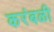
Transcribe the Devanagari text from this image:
करंबळी